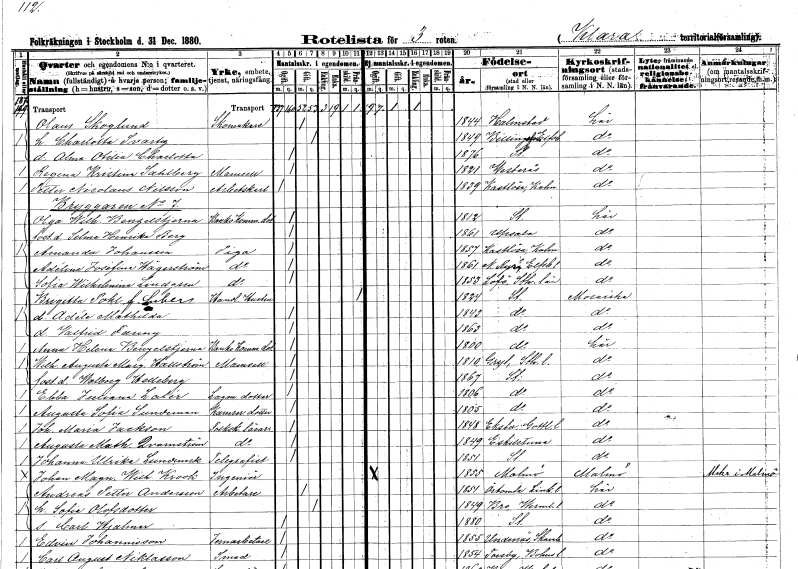
gt_parse: households: individuals: FN: Olaus
EN: Skoglund
YRKE: Skomakare
KON: M
CIV: G
FODAR: 1844
FODFORS: Halmstad Hallands län
FN: Charlotta
EN: Svartz
KON: K
CIV: G
FODAR: 1849
FODFORS: Billingsfors Älvsborgs län
FN: Alma Otilia Charlotta
KON: K
CIV: O
FODAR: 1876
FODFORS: Stockholm
FN: Regina Kristina
EN: Sahlberg
KON: K
CIV: O
FODAR: 1821
FODFORS: Västerås Västmanlands län
FN: Petter Nicolaus
EN: Nilsson
YRKE: Arbetskarl
KON: M
CIV: O
FODAR: 1839
FODFORS: Kastlösa Kalmar län
FN: Olga Wilhelmina
EN: Benzelstjerna
YRKE: Bank o Komm.dotter??
KON: K
CIV: O
FODAR: 1812
FODFORS: Stockholm
FN: Selma Henrika
EN: Berg
KON: K
CIV: O
FODAR: 1861
FODFORS: Uppsala Uppsala län
FN: Amanda
EN: Johansson
YRKE: Piga
KON: K
CIV: O
FODAR: 1857
FODFORS: Kastlösa Kalmar län
FN: Adélie Josefina
EN: Hägerström
YRKE: Piga
KON: K
CIV: O
FODAR: 1861
FODFORS: Norra Ryr Göteborgs- och Bohuslän
FN: Sofia Wilhelmina
EN: Lindgren
YRKE: Piga
KON: K
CIV: O
FODAR: 1853
FODFORS: Lovö Stockholms län
FN: Brigitta
EN: Pohl Suber
YRKE: Handlandehustru
KON: K
CIV: X
FODAR: 1824
FODFORS: Stockholm
FN: Adéle Mathilda
KON: K
CIV: O
FODAR: 1843
FODFORS: Stockholm
FN: Valfrid Fanny
KON: K
CIV: O
FODAR: 1863
FODFORS: Stockholm
FN: Anna Helena
EN: Benzelstjerna
YRKE: Bank o Komm.dotter??
KON: K
CIV: O
FODAR: 1800
FODFORS: Stockholm
FN: Wilhelmina Augusta Margareta
EN: Hallström
KON: K
CIV: O
FODAR: 1810
FODFORS: Gryt Södermanlands län
FN: Walborg
EN: Helleberg
KON: K
CIV: O
FODAR: 1867
FODFORS: Stockholm
FN: Ebba Juliana
EN: Lalér
YRKE: Lagmansdotter
KON: K
CIV: O
FODAR: 1806
FODFORS: Stockholm
FN: Augusta Sofia
EN: Sundeman
YRKE: Kamrerardotter
KON: K
CIV: O
FODAR: 1805
FODFORS: Stockholm
FN: Johanna Maria
EN: Jackson
YRKE: Folkskolelärarinna
KON: K
CIV: O
FODAR: 1848
FODFORS: Eksta Gotlands län
FN: Augusta Mathilda
EN: Qvarnström
YRKE: Folkskolelärarinna
KON: K
CIV: O
FODAR: 1849
FODFORS: Eskilstuna Södermanlands län
FN: Johanna Ulrika
EN: Lundmark
YRKE: Telegrafist
KON: K
CIV: O
FODAR: 1851
FODFORS: Stockholm
FN: Johan Magnus Wilhelm
EN: Krook
YRKE: Ingenjör
KON: M
CIV: O
FODAR: 1855
FODFORS: Malmö Malmöhus län
FN: Andreas Petter
EN: Andersson
YRKE: Arbetare
KON: M
CIV: G
FODAR: 1851
FODFORS: Örtomta Östergötlands län
FN: Sofia
EN: Olsdotter
KON: K
CIV: G
FODAR: 1849
FODFORS: Bro Värmlands län
FN: Carl Hjalmar
KON: M
CIV: O
FODAR: 1880
FODFORS: Stockholm
FN: Edvin
EN: Johannisson
YRKE: Järnarbetare
KON: M
CIV: O
FODAR: 1855
FODFORS: Undenäs Skaraborgs län
FN: Carl August
EN: Niklasson
YRKE: Smed
KON: M
CIV: O
FODAR: 1854
FODFORS: Torsby Göteborgs- och Bohuslän